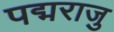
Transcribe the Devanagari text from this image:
पद्मराजु